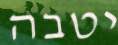
יטבה